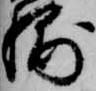
輔